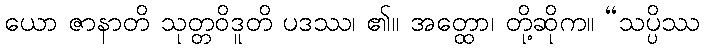
ယော ဇာနာတိ သုတ္တဝိဒူတိ ပဒဿ၊ ၏။ အတ္ထော၊ တို့ဆိုက။ “သပ္ပိဿ